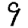
Digit: 9